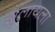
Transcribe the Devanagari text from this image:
झुलायला